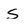
Character: s